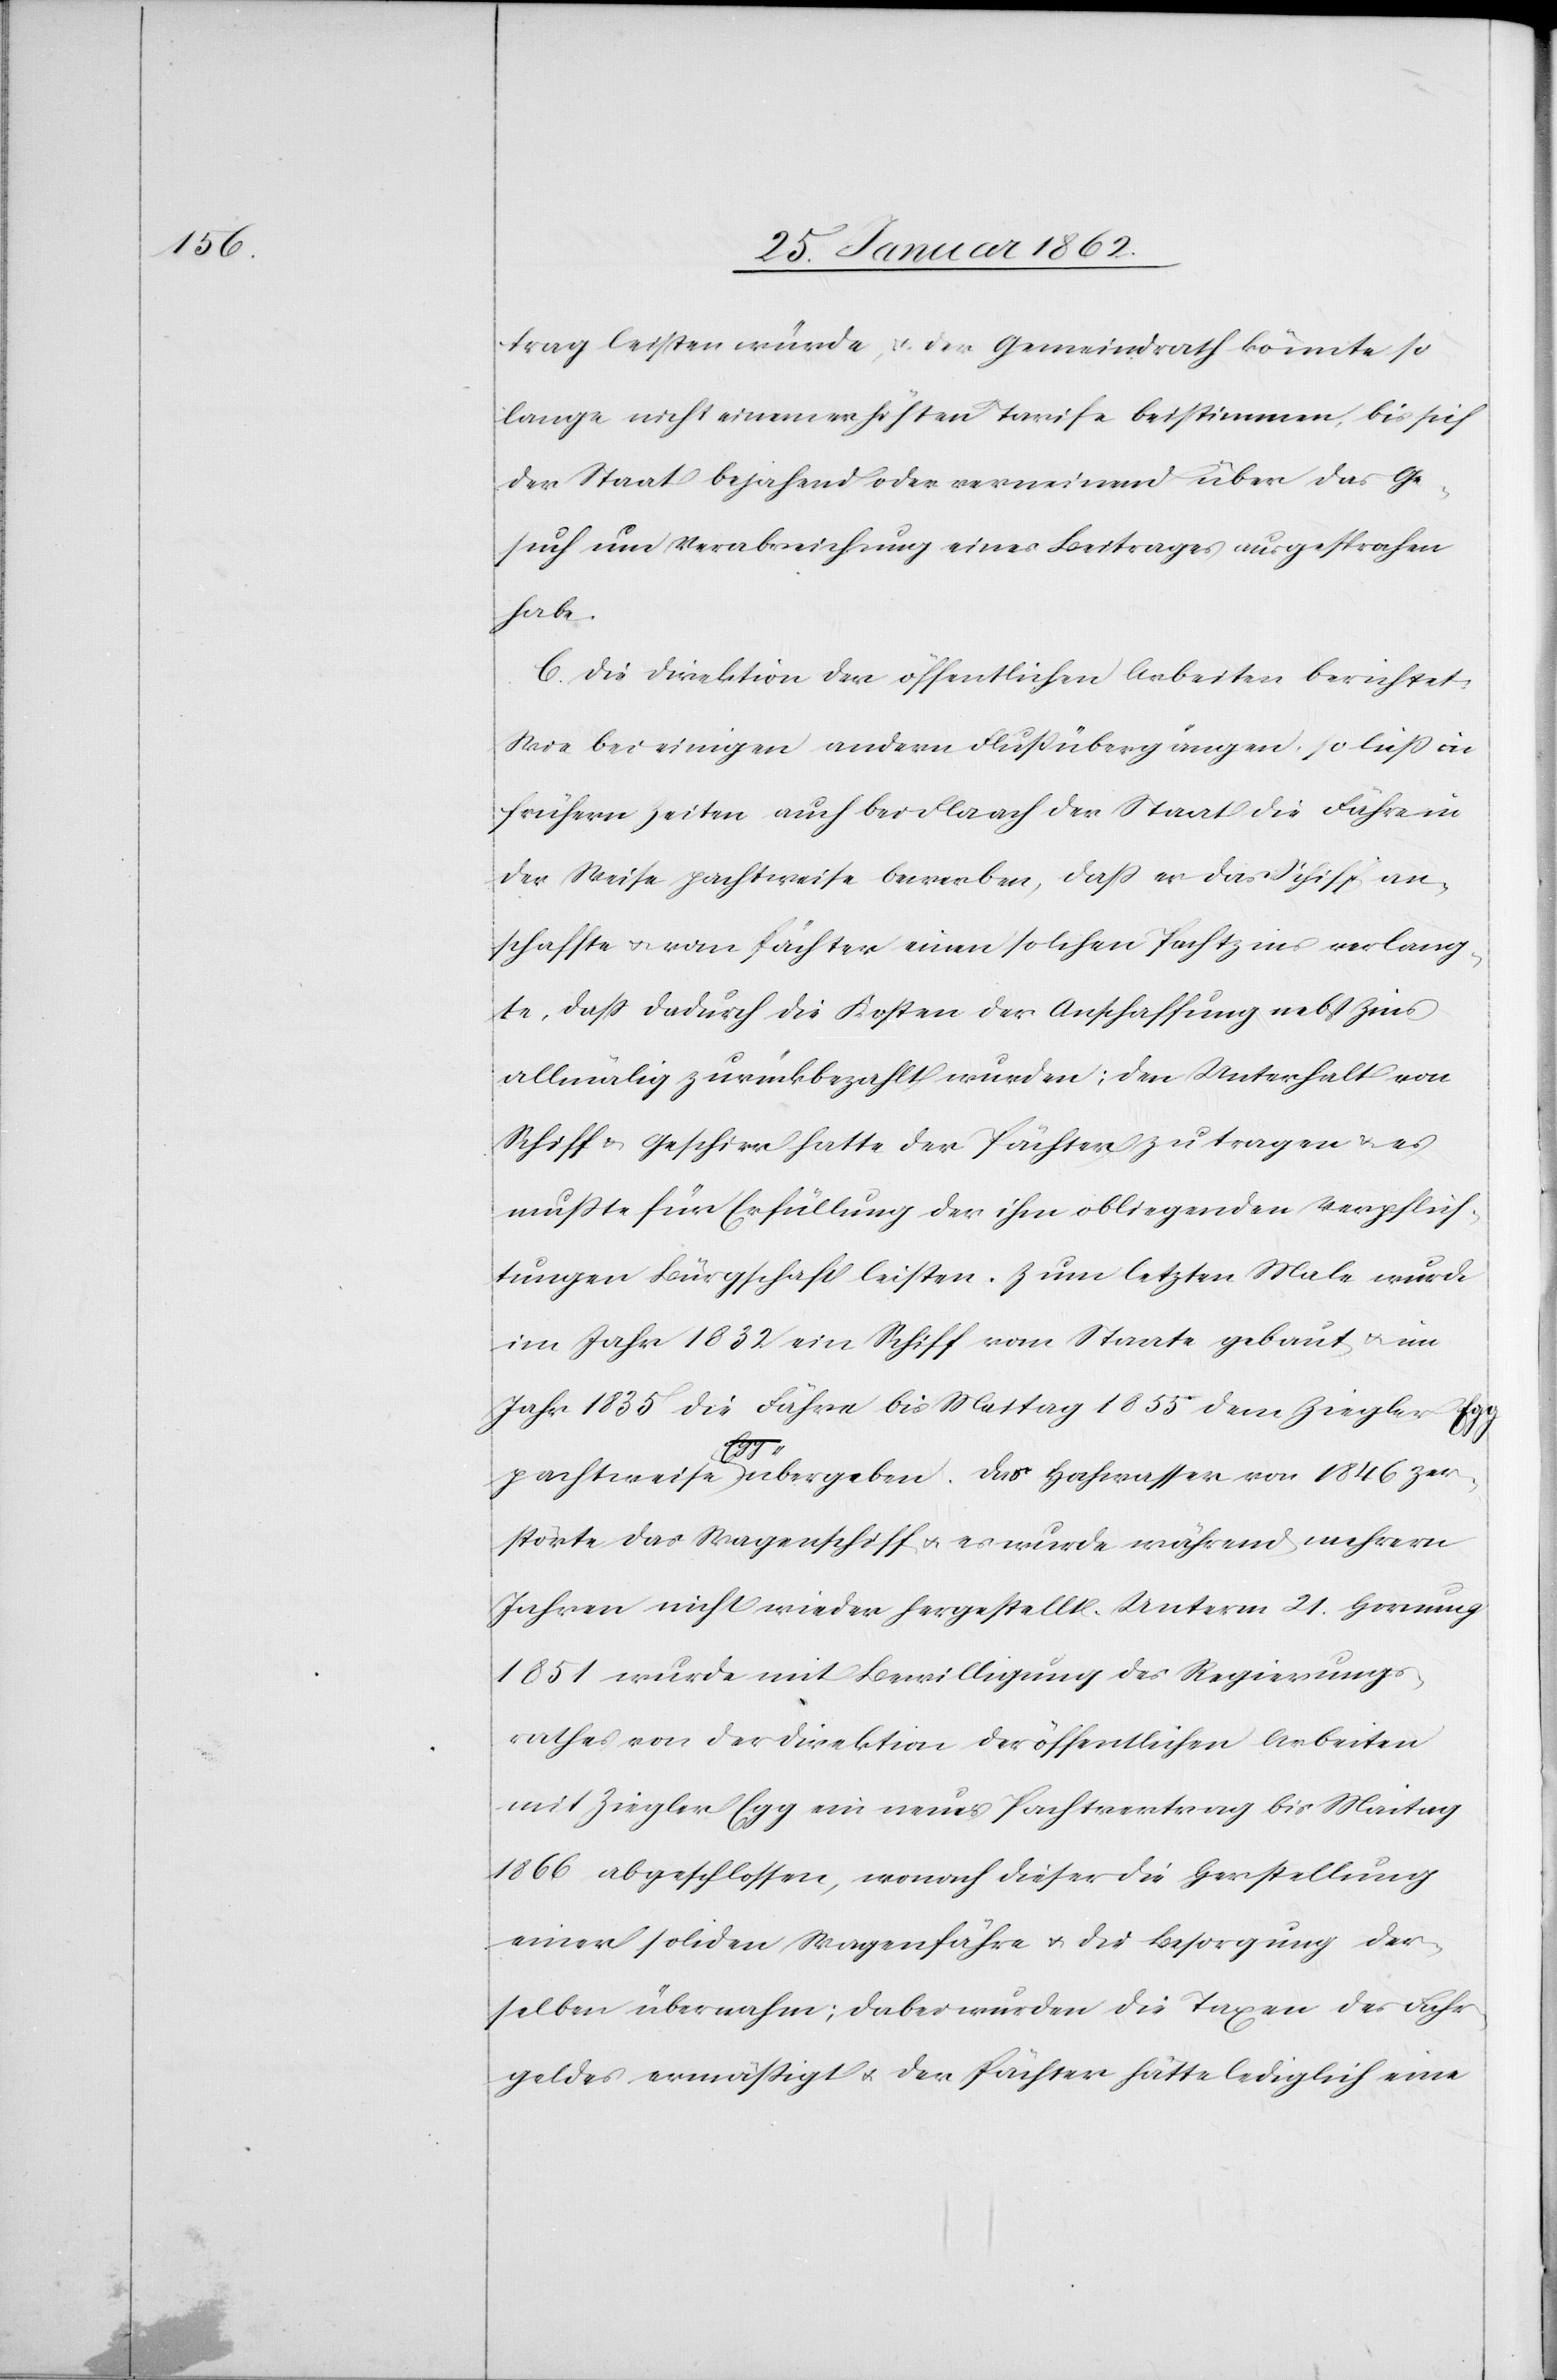
trag leisten würde, u. der Gemeindrath könnte so
lange nicht einem erhöhten Tarife beistimmen, bis sich
der Staat bejahend oder verneinend über das Ge¬
such um Verabreichung eines Beitrages ausgesprochen
habe.
C. Die Direktion der öffentlichen Arbeiten berichtet:
Wie bei einigen andern Flußübergängen, so ließ in
frühern Zeiten auch bei Flaach der Staat die Fähre in
der Weise pachtweise bewerben, daß er das Schiff an¬
schaffte u. vom Pächter einen solchen Pachtzins verlang¬
te, daß dadurch die Kosten der Anschaffung nebst Zins
allmählig zurückbezahlt wurden; den Unterhalt von
Schiff u. Geschirr hatte der Pächter zu tragen u. es
mußte für Erfüllung der ihm obliegenden Verpflich¬
tungen Bürgschaft leisten. Zum letzten Male wurde
im Jahr 1832 ein Schiff vom Staate gebaut u. im
Jahr 1835 die Fähre bis Maitag 1855 dem Ziegler Egg
pachtweise übergeben. Das Hochwasser von 1846 zer¬
störte das Wagenschiff u. es wurde während mehrern
Jahren nicht wieder hergestellt. Unterm 21. Hornung
1851 wurde mit Bewilligung des Regierungs¬
rathes von der Direktion der öffentlichen Arbeiten
mit Ziegler Egg ein neues [sic!] Pachtvertrag bis Maitag
1866 abgeschlossen, wonach dieser die Herstellung
einer soliden Wagenfähre u. die Besorgung der¬
selben übernahm; dabei wurden die Taxen des Fahr¬
geldes ermäßigt u. der Pächter hätte lediglich eine